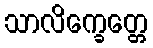
သာလိက္ခေတ္တေ